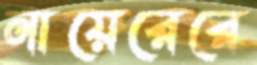
নায়েরেরে